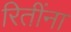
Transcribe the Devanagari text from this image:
रितींना